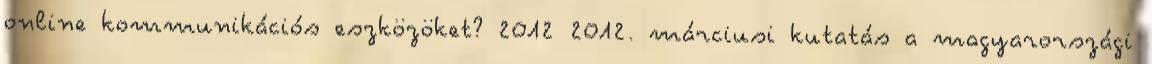
online kommunikációs eszközöket? 2012 2012. márciusi kutatás a magyarországi